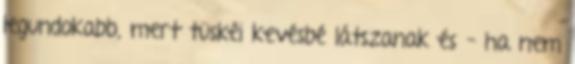
legundokabb, mert tüskéi kevésbé látszanak és – ha nem